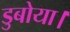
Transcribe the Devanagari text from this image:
डुबोया।